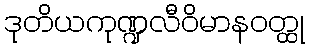
ဒုတိယကုဏ္ဍလီဝိမာနဝတ္ထု